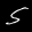
Label: 5